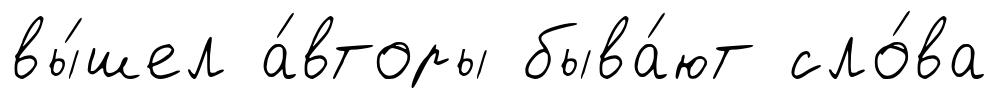
вы́шел а́вторы быва́ют сло́ва